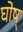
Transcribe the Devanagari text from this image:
घोष्